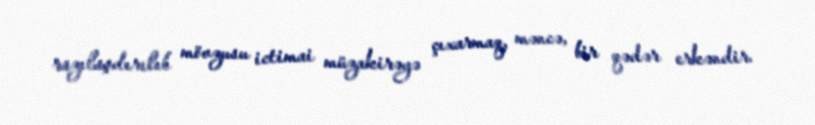
razılaşdırılıb mövzusu ictimai müzakirəyə çıxarmaq, məncə, bir qədər erkəndir.